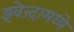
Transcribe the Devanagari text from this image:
झ्वेज्दामध्ये